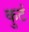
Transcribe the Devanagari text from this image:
कुटं